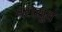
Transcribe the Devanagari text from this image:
परासुव